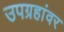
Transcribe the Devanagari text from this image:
उपग्रहांवर